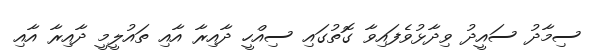
ސިމާދު ސައީދު ވިދާޅުވެފައިވާ ގޮތުގައި ސިއްހީ ދާއިރާ އާއި ތައުލީމީ ދާއިރާ އާއި